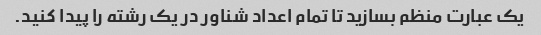
یک عبارت منظم بسازید تا تمام اعداد شناور در یک رشته را پیدا کنید.